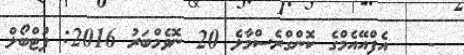
-   އެފްއޭއެމްގެ ކޮންގްރެސްމާލެ 20 ނޮވެމްބަރު 2016: ފުޓްބޯލް